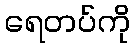
ရေတပ်ကို